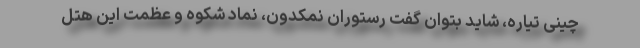
چینی تیاره، شاید بتوان گفت رستوران نمکدون، نماد شکوه و عظمت این هتل